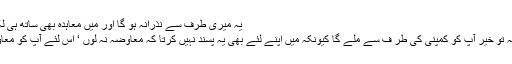
یہ میری طرف سے نذرانہ ہو گا اور میں معاہدہ بھی ساتھ ہی لکھ کر بھیج دوں گا ‘‘
کہنے لگے’’ معاوضہ تو خیر آپ کو کمپنی کی طر ف سے ملے گا کیونکہ میں اپنے لئے بھی یہ پسند نہیں کرتا کہ معاوضہ نہ لوں ‘ اس لئے آپ کو معاوضہ تو لینا ہی ہو گا۔